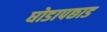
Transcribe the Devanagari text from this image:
घोडापछाड